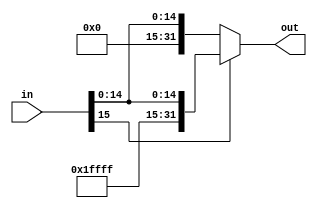
`timescale 1ns / 1ps
////////////////////////////////////////////////////////////////////////////////
// ECE369 - Computer Architecture
// 
// Module - SignExtension.v
// Description - Sign extension module.
////////////////////////////////////////////////////////////////////////////////
module SignExtension(in, out);

    /* A 16-Bit input word */
    input [15:0] in;
    
    
    /* A 32-Bit output word */
    output reg [31:0] out;
    
    /* Fill in the implementation here ... */
    always@(in) begin
    if(in[15] == 1)
        out <= {16'hffff,in};
    else
        out <= {16'h0000,in};

    end
endmodule